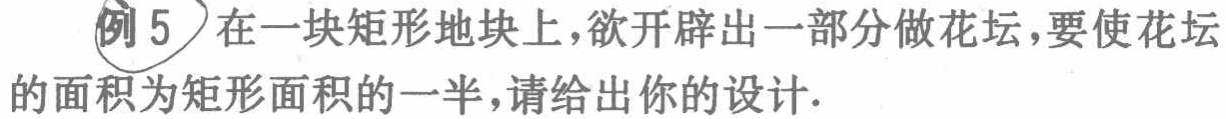
例5 在一块矩形地块上，欲开辟出一部分做花坛，要使花坛的面积为矩形面积的一半，请给出你的设计.